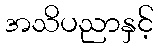
အသိပညာနှင့်